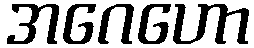
အဂေဟော